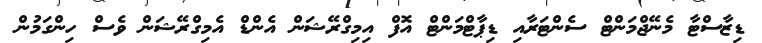
ޑިޒާސްޓާ މެނޭޖްމަންޓް ސެންޓަރާއި ޑިޕާޓްމަންޓް އޮފް އިމިގްރޭޝަން އެންޑް އެމިގްރޭޝަން ވެސް ހިންގަމުން